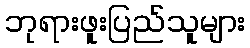
ဘုရားဖူးပြည်သူများ